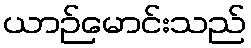
ယာဉ်မောင်းသည်